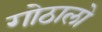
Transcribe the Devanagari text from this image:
गोठालो